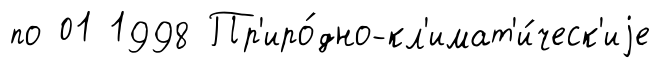
по 01 1998 Пр'иро́дно-кл'имат'и́ческ'иjе